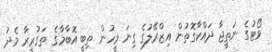
ވޯޓުގެ ނަތީޖާ ދައްކާގޮތުން އިޒްރޭލުގެ ގިނަ މީހުން ތިބީ އޮބާމާގެ ތަގުރީރާ މެދު